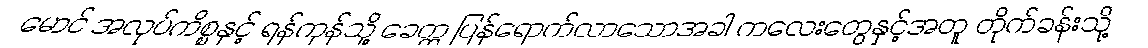
မောင် အလုပ်ကိစ္စနှင့် ရန်ကုန်သို့ ခေတ္တ ပြန်ရောက်လာသောအခါ ကလေးတွေနှင့်အတူ တိုက်ခန်းသို့